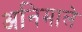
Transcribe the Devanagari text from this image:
अनिमाले